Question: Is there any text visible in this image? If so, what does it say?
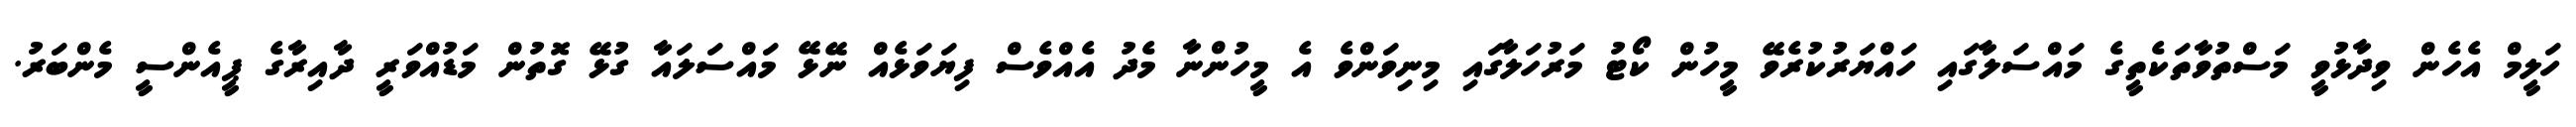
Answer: ހަލީމް އެހެން ވިދާޅުވީ މަސްތުވާތަކެތީގެ މައްސަލާގައި ހައްޔަރުކުރެވޭ މީހުން ކޯޓު މަރުހަލާގައި މިނިވަންވެ އެ މީހުންނާ މެދު އެއްވެސް ފިޔަވަޅެއް ނޭޅޭ މައްސަލައާ ގުޅޭ ގޮތުން މަޑުއްވަރީ ދާއިރާގެ ޕީއެންސީ މެންބަރު.